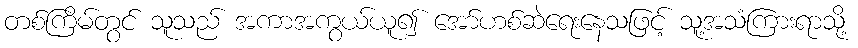
တစ်ကြိမ်တွင် သူသည် အကာအကွယ်ယူ၍ အော်ဟစ်ဆဲရေးနေသဖြင့် သူ့အသံကြားရာသို့